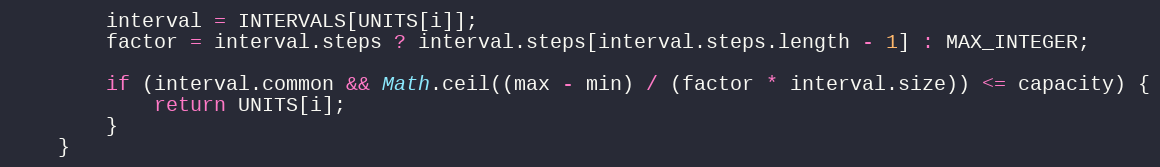
Language: JavaScript
		interval = INTERVALS[UNITS[i]];
		factor = interval.steps ? interval.steps[interval.steps.length - 1] : MAX_INTEGER;

		if (interval.common && Math.ceil((max - min) / (factor * interval.size)) <= capacity) {
			return UNITS[i];
		}
	}